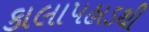
કાલાપહાડથી